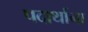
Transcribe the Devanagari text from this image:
पदार्थाना